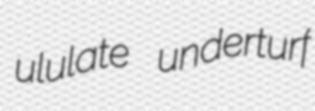
ululate underturf